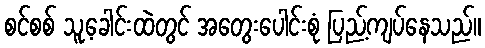
စင်စစ် သူ့ခေါင်းထဲတွင် အတွေးပေါင်းစုံ ပြည့်ကျပ်နေသည်။